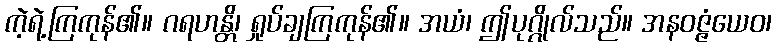
ကဲ့ရဲ့ကြကုန်၏။ ဂရဟန္တိ၊ ရှုပ်ချကြကုန်၏။ အယံ၊ ဤပုဂ္ဂိုလ်သည်။ အနဝဇ္ဇံယေဝ၊